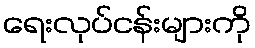
ရေးလုပ်ငန်းများကို